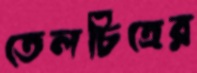
তেলচিত্রের